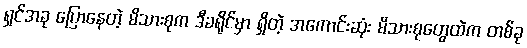
ရှင်အခု ပြောနေတဲ့ မိသားစုက ဒီခရိုင်မှာ ရှိတဲ့ အကောင်းဆုံး မိသားစုတွေထဲက တစ်ခု